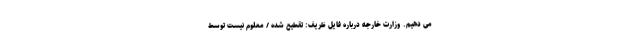
می دهیم. وزارت خارجه درباره فایل ظریف: تقطیع شده / معلوم نیست توسط